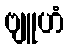
ဗျူဟံ